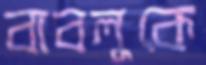
বাবলুকে